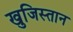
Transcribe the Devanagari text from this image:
खुजिस्तान